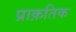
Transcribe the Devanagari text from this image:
प्राक़तिक